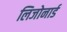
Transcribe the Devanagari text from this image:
लिजोनार्ड